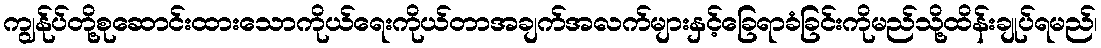
ကျွန်ုပ်တို့စုဆောင်းထားသောကိုယ်ရေးကိုယ်တာအချက်အလက်များနှင့်ခြေရာခံခြင်းကိုမည်သို့ထိန်းချုပ်ရမည်၊